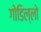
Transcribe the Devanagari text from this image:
गोडिल्लो